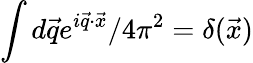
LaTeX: \int d\vec{q}e^{i\vec{q}\cdot\vec{x}}/4\pi^{2}=\delta(\vec{x})